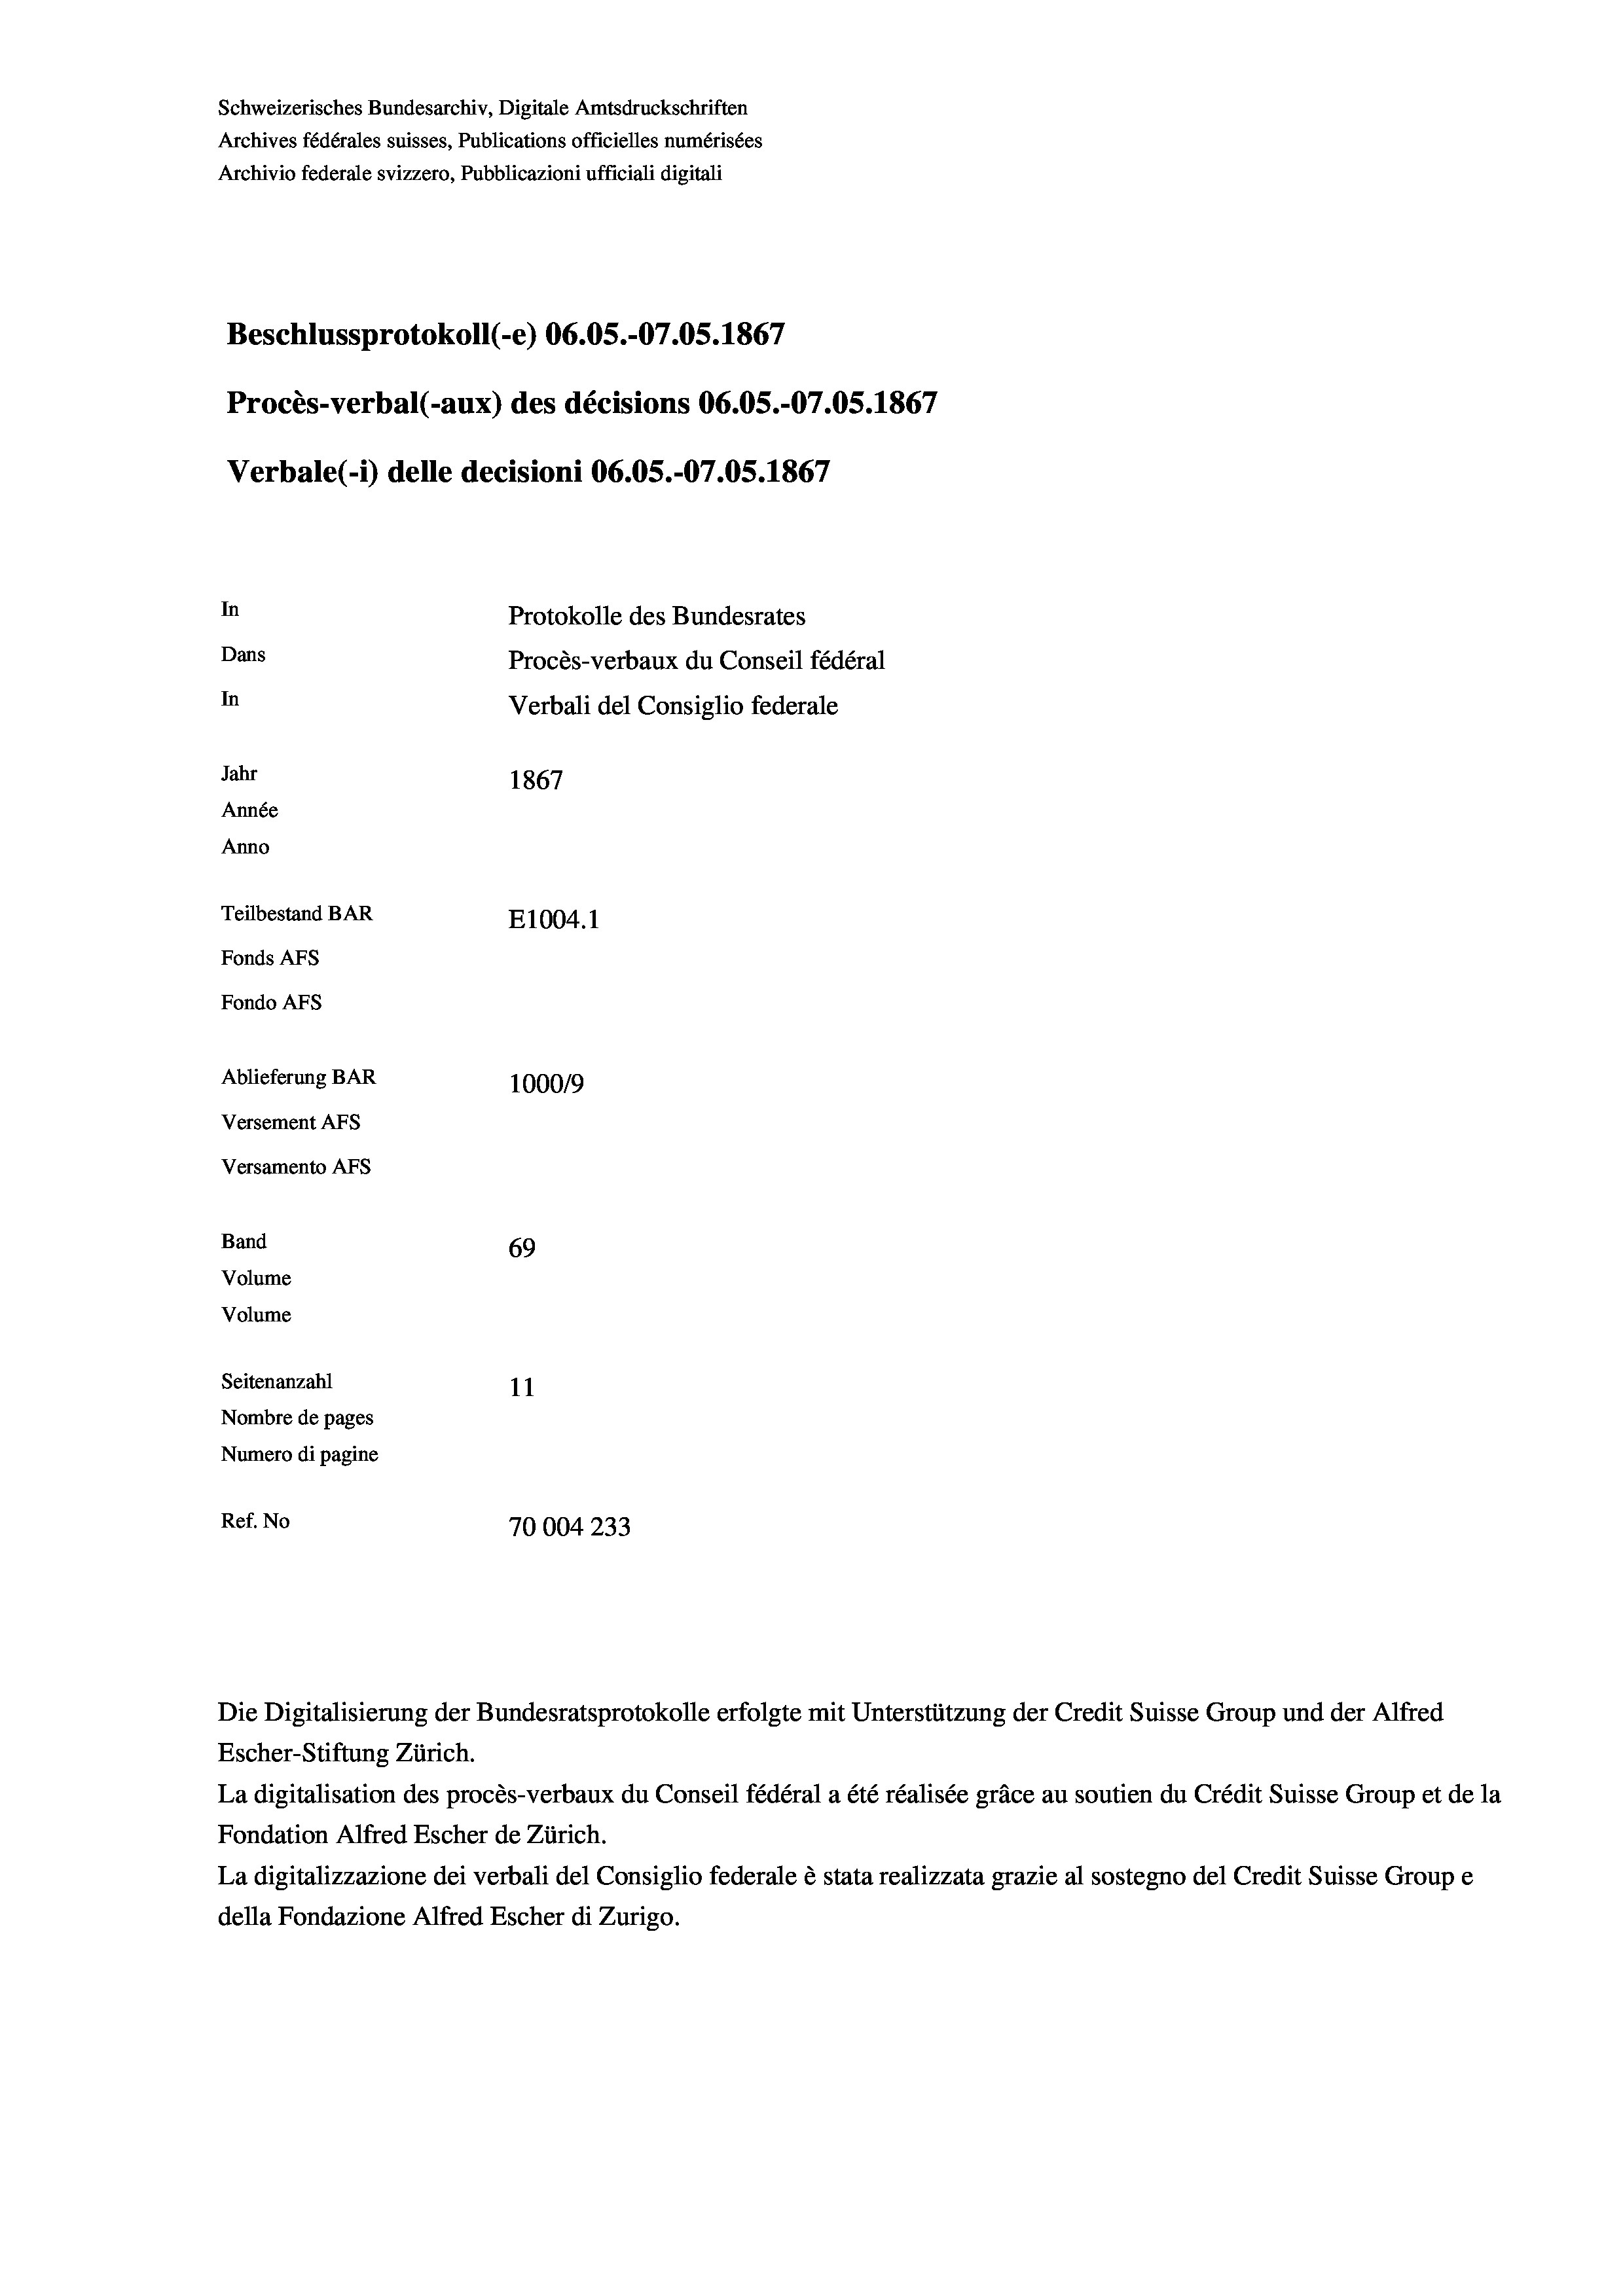
Schweizerisches Bundesarchiv, Digitale Amtsdruckschriften
Archives fédérales suisses, Publications officielles numérisées
Archivio federale svizzero, Pubblicazioni ufficiali digitali
Beschlussprotokoll (-e) 06.05.-07.05. 1867
Procès-verbal (-aux) des décisions 06.05.-O7.OS. 1867
Verbale (- 1) delle decisioni 06.OS.-O7.05. 1867
In
Protokolle des Bundesrates
Dans
Procès-verbaux du Conseil fédéral
In
Verbali del Consiglio federale
Jahr
1867
Année
Anno
Teilbestand BAR
E1004.1
Fonds AFs
Fondo Afs
Ablieferung BAR
100019
Versement AFs
Versamento AFs
Band
69
Volume
Volume

Seitenanzahl
11
Nombre de pages
Numero di pagine
Ref. No
70004 233

Die Digitalisierung der Bundesratsprotokolle erfolgte mit Unterstützung der Credit Suisse Group und der Alfred
Escher-Stiftung Zürich.
La digitalisation des procès-verbaux du Conseil fédéral a été réalisée gräce au soutien du Crédit Suisse Group et de la
Fondation Alfred Escher de Zürich.
La digitalizzazione dei verbali del Consiglio federale è stata realizzata grazie al sostegno del Credit Suisse Groupe
della Fondazione Alfred Escher di Zurigo.